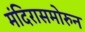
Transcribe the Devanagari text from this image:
मंदिरासमोरुन